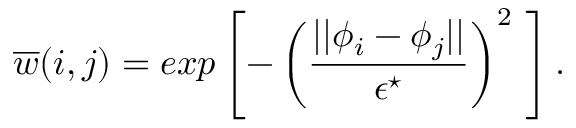
\overline { { w } } ( i , j ) = e x p \left[ - \left( \frac { | | \phi _ { i } - \phi _ { j } | | } { \epsilon ^ { \star } } \right) ^ { 2 } \ \right] .